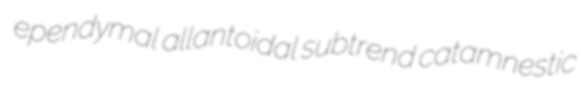
ependymal allantoidal subtrend catamnestic